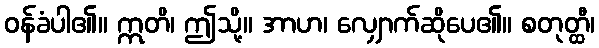
ဝန်ခံပါ၏။ ဣတိ၊ ဤသို့။ အာဟ၊ လျှောက်ဆိုပေ၏။ စတုတ္ထီ၊